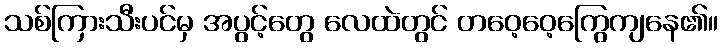
သစ်ကြားသီးပင်မှ အပွင့်တွေ လေထဲတွင် တဝေ့ဝေ့ကြွေကျနေ၏။